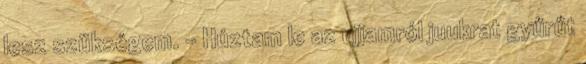
lesz szükségem. - Húztam le az ujjamról juukrat gyűrűt